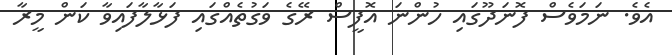
އެވެ. ނަމަވެސް ފޮނަދޫގައި ހުންނަ އޮފީސް ރޭގެ ވަގުތެއްގައި ފަޅާލާފައިވާ ކަން މީރާ